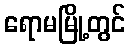
ရောမမြို့တွင်